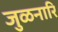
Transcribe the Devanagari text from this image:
जुळनारि